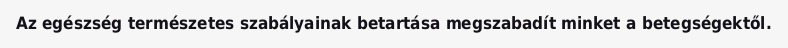
Az egészség természetes szabályainak betartása megszabadít minket a betegségektől.